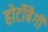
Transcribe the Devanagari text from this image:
होर्टोबैगी